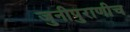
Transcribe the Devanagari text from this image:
जुनीपुराणीच